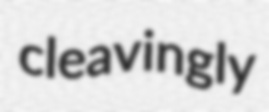
cleavingly